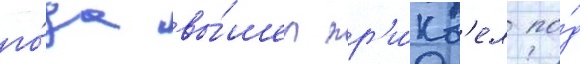
го́да вы́шел пр'и́кв'ел по́д